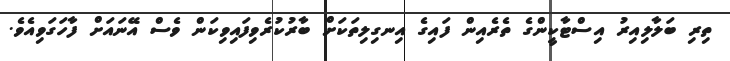
ތިރި ބަލާލިއިރު އިސްޓާކީންގެ ތެރެއިން ފައިގެ އިނގިލިތަކަށް ބާރުކުރެވިފައިވިކަން ވެސް އޭނައަށް ފާހަގަވިއެވެ.